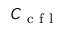
C _ { \mathrm { ~ c ~ f ~ l ~ } }